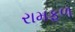
રામફળ